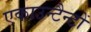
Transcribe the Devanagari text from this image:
एकाउन्टैन्टों